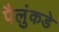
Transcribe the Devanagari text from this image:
पैलुंकडे